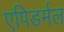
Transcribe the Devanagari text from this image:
एपिडर्मल